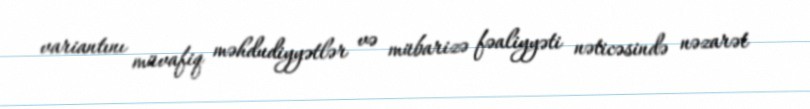
variantını müvafiq məhdudiyyətlər və mübarizə fəaliyyəti nəticəsində nəzarət